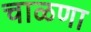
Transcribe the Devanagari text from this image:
चाळणा